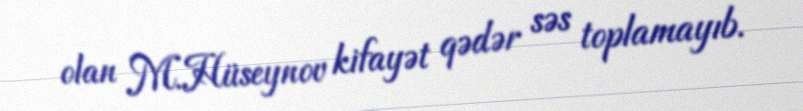
olan M.Hüseynov kifayət qədər səs toplamayıb.